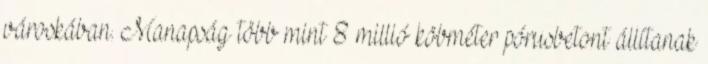
városkában. Manapság több mint 8 millió köbméter pórusbetont állítanak